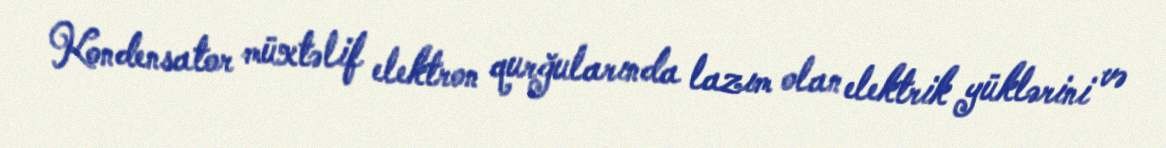
Kondensator müxtəlif elektron qurğularında lazım olan elektrik yüklərini və